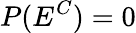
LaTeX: P(E^{C})=0